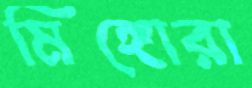
মিঙ্গোরা